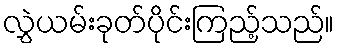
လွှဲယမ်းခုတ်ပိုင်းကြည့်သည်။